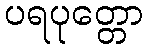
ပရပုတ္တော